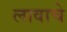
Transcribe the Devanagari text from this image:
लावाचे